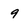
Character: 9